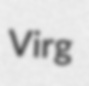
Virg